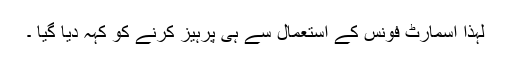
لہٰذا اسمارٹ فونس کے استعمال سے ہی پرہیز کرنے کو کہہ دیا گیا ۔